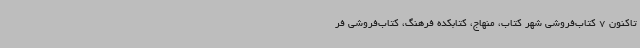
تاکنون 7 کتاب‌فروشی شهر کتاب، منهاج، کتابکده فرهنگ، کتاب‌فروشی فر